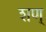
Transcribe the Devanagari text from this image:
शण्